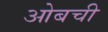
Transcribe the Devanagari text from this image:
ओबची